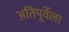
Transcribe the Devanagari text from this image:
अतिपूर्वेला